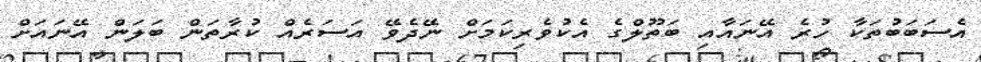
އެސަބަބުތަކާ ހުރެ އޭނައާއި ބަތޫލްގެ އެކުވެރިކަމަށް ނޭދެވޭ އަސަރެއް ކުރާތަން ބަލަން އޭނައަށް